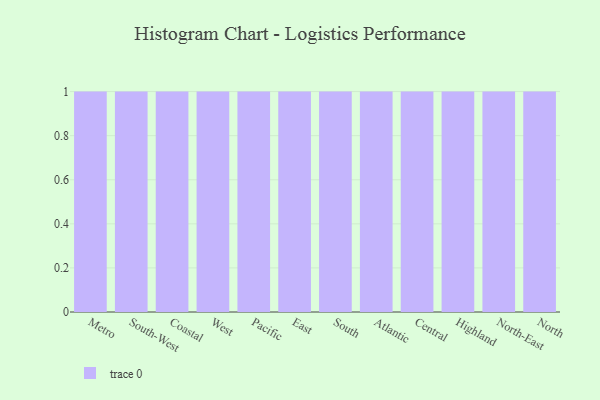
{"axis": {"x": "Region", "y": "Shipments"}, "legend": [""], "data": [{"x": "Metro", "y": 67, "type": ""}, {"x": "South-West", "y": 11, "type": ""}, {"x": "Coastal", "y": 53, "type": ""}, {"x": "West", "y": 14, "type": ""}, {"x": "Pacific", "y": 9, "type": ""}, {"x": "East", "y": 41, "type": ""}, {"x": "South", "y": 35, "type": ""}, {"x": "Atlantic", "y": 64, "type": ""}, {"x": "Central", "y": 11, "type": ""}, {"x": "Highland", "y": 11, "type": ""}, {"x": "North-East", "y": 32, "type": ""}, {"x": "North", "y": 74, "type": ""}]}